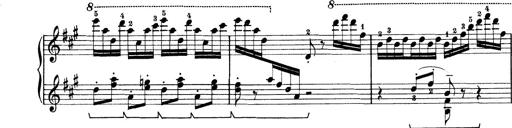
Title: Rapsodie: 19 ungheresi, 1 spagnuola
Composer: Franz Liszt